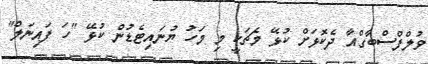
ވުލްފްސްބާގްއާ ދެކޮޅަށް ކުޅޭ މެޗަކީ މި މަހު ޔުނައިޓެޑުން ކުޅޭ "ހަ ފައިނަލް"